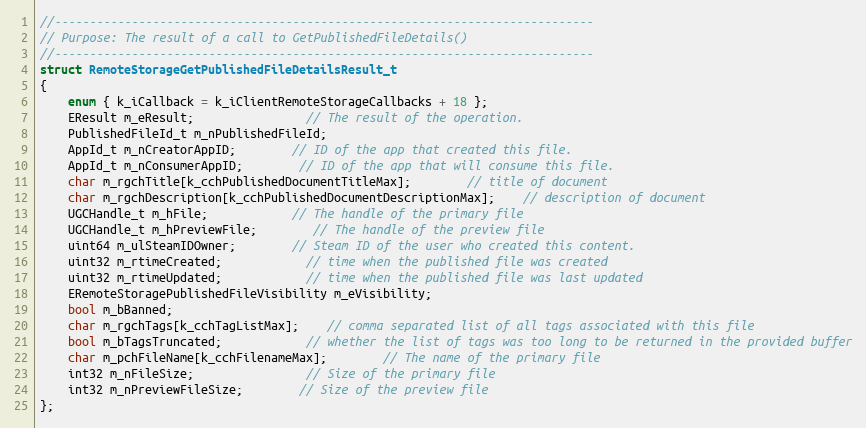
Language: C
//-----------------------------------------------------------------------------
// Purpose: The result of a call to GetPublishedFileDetails()
//-----------------------------------------------------------------------------
struct RemoteStorageGetPublishedFileDetailsResult_t
{
	enum { k_iCallback = k_iClientRemoteStorageCallbacks + 18 };
	EResult m_eResult;				// The result of the operation.
	PublishedFileId_t m_nPublishedFileId;
	AppId_t m_nCreatorAppID;		// ID of the app that created this file.
	AppId_t m_nConsumerAppID;		// ID of the app that will consume this file.
	char m_rgchTitle[k_cchPublishedDocumentTitleMax];		// title of document
	char m_rgchDescription[k_cchPublishedDocumentDescriptionMax];	// description of document
	UGCHandle_t m_hFile;			// The handle of the primary file
	UGCHandle_t m_hPreviewFile;		// The handle of the preview file
	uint64 m_ulSteamIDOwner;		// Steam ID of the user who created this content.
	uint32 m_rtimeCreated;			// time when the published file was created
	uint32 m_rtimeUpdated;			// time when the published file was last updated
	ERemoteStoragePublishedFileVisibility m_eVisibility;
	bool m_bBanned;
	char m_rgchTags[k_cchTagListMax];	// comma separated list of all tags associated with this file
	bool m_bTagsTruncated;			// whether the list of tags was too long to be returned in the provided buffer
	char m_pchFileName[k_cchFilenameMax];		// The name of the primary file
	int32 m_nFileSize;				// Size of the primary file
	int32 m_nPreviewFileSize;		// Size of the preview file
};